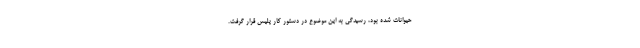
حیوانات شده بود، رسیدگی به این موضوع در دستور کار پلیس قرار گرفت.